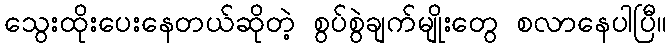
သွေးထိုးပေးနေတယ်ဆိုတဲ့ စွပ်စွဲချက်မျိုးတွေ စလာနေပါပြီ။